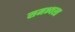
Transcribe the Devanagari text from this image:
समभ्यस्त